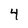
Character: 4